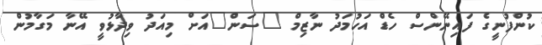
ކުންފުނީގެ ފައިނޭންސް ހެޑް އަހުމަދު ނާޒިމް "ސަން"އަށް މިއަދު ވިދާޅުވީ އޭނާ މަގާމުން